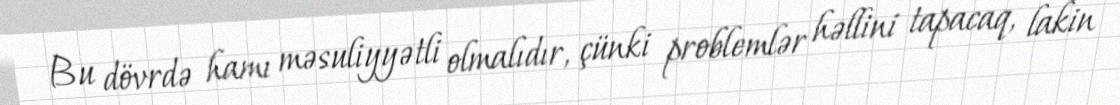
Bu dövrdə hamı məsuliyyətli olmalıdır, çünki problemlər həllini tapacaq, lakin